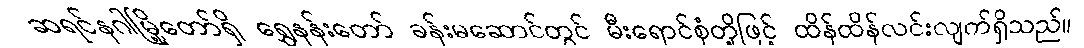
ဆရင်နဂါမြို့တော်ရှိ ရွှေနန်းတော် ခန်းမဆောင်တွင် မီးရောင်စုံတို့ဖြင့် ထိန်ထိန်လင်းလျက်ရှိသည်။